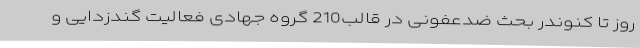
روز تا کنوندر بحث ضدعفونی در قالب210 گروه جهادی فعالیت گندزدایی و